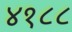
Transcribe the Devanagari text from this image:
४१८८